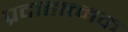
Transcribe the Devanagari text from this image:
प्रदाहात्मक